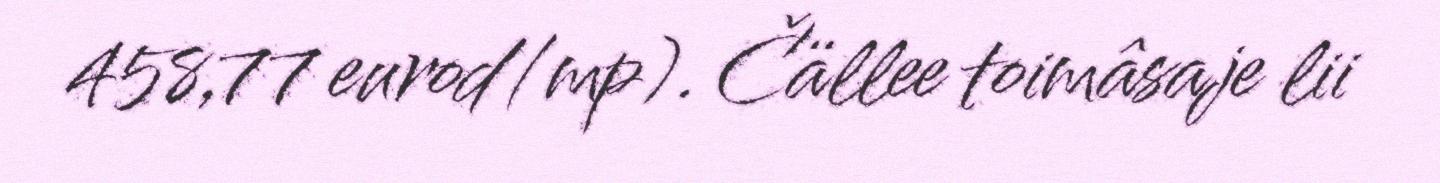
458,77 eurod/mp). Čällee toimâsaje lii